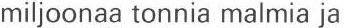
miljoonaa tonnia malmia ja